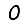
Digit: 0